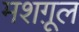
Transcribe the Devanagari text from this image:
मशग़ूल